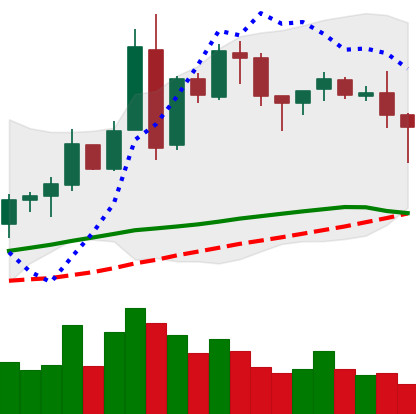
Ticker: BNB-USD
Chart end date: 2018-05-07
Forward return: -5.536%
Label: down_5_7